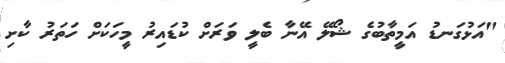
"އަޅުގަނޑު އަމީތާބުގެ ޝޯލޭ އޭނާ ބެލީ ވަރަށް ކުޑައިރު މީހަކަށް ހަތަރު ކާށި